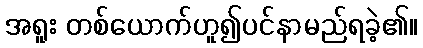
အရူး တစ်ယောက်ဟူ၍ပင်နာမည်ရခဲ့၏။